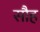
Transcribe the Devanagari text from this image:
सौह